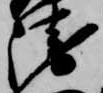
衛